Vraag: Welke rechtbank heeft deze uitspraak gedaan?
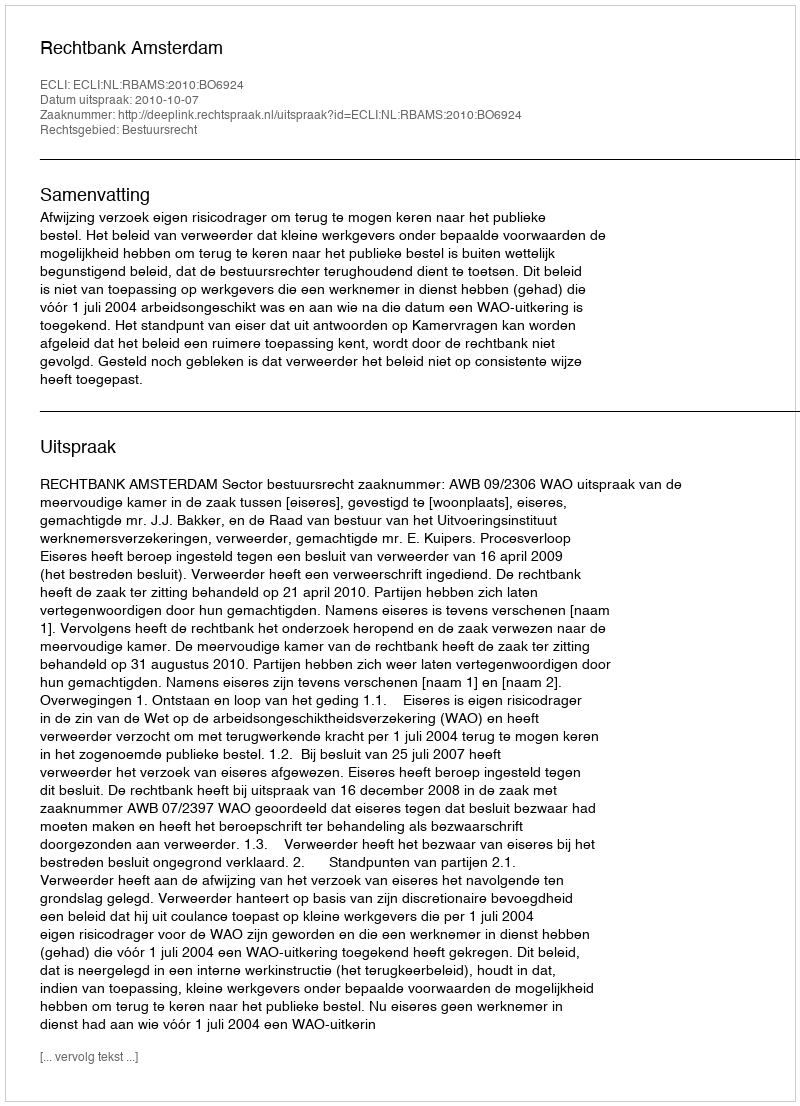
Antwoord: Rechtbank Amsterdam